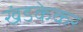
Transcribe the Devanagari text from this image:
खंडकेकर